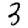
Digit: 3